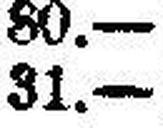
31.—